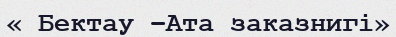
« Бектау –Ата заказнигі»